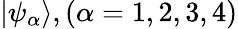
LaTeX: |\psi_{\alpha}\rangle,(\alpha=1,2,3,4)